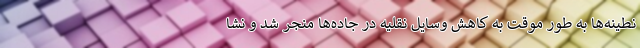
نطینه‌ها به طور موقت به کاهش وسایل نقلیه در جاده‌ها منجر شد و نشا